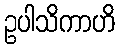
ဥပါသိကာဟိ